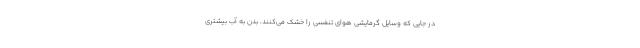
در جایی که وسایل گرمایشی هوای تنفسی را خشک می‌کنند، بدن به آب بیشتری